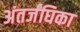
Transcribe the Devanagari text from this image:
अंतर्जंघिका